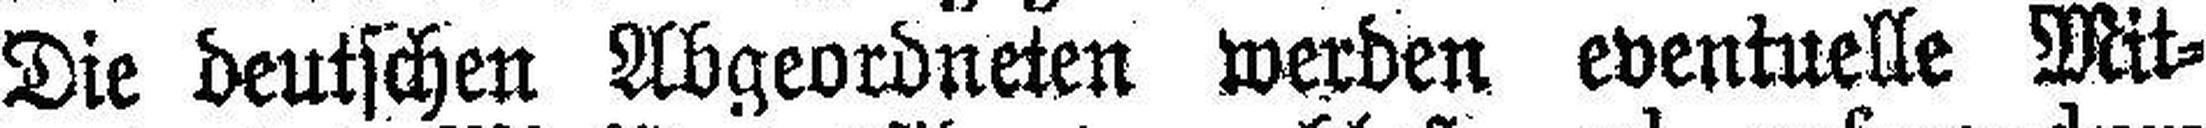
Die deutschen Abgeordneten werden eventuelle Mit¬